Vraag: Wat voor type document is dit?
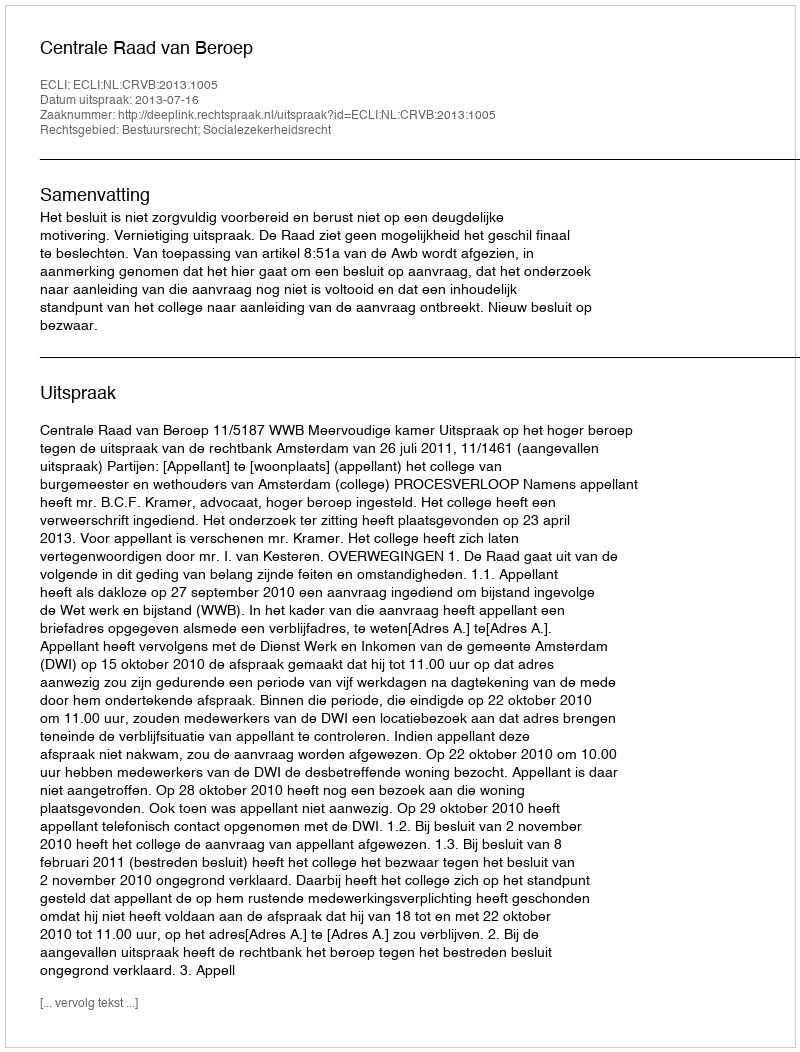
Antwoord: Uitspraak